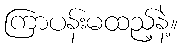
ကြာပန်းမထည့်နဲ့။